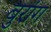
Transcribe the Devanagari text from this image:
बुरांग